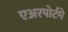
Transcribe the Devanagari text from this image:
एअरपोर्टमे